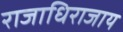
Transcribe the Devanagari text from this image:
राजाधिराजाय